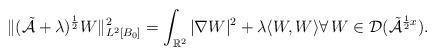
LaTeX: \begin{align*} \|(\tilde{\mathcal A} + \lambda)^{\frac 12} W\|^2_{L^2[B_0]} = \int_{\mathbb R^2} |\nabla W|^2 + \lambda \langle W , W \rangle \forall \, W \in \mathcal{D}(\tilde{\mathcal A}^{\frac 12x}).\end{align*}